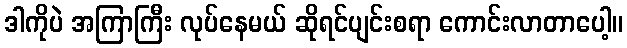
ဒါကိုပဲ အကြာကြီး လုပ်နေမယ် ဆိုရင်ပျင်းစရာ ကောင်းလာတာပေါ့။